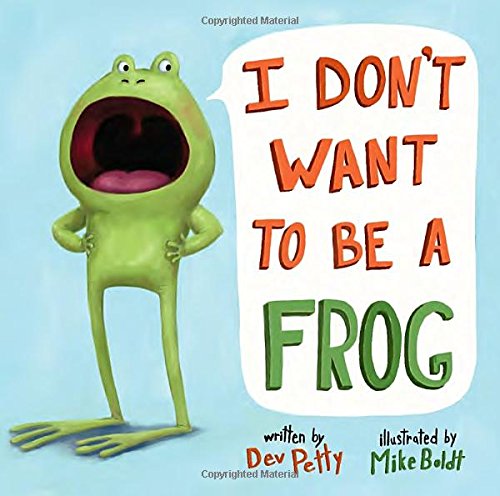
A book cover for I Don't Want to Be a Frog; Dev Petty; Children's Books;